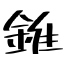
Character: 錐